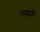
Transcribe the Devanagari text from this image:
समइलै